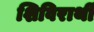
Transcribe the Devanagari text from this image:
शिविरार्थी